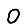
Digit: 0